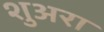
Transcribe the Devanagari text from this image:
शुअरा